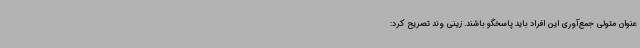
عنوان متولی جمع‌آوری این افراد باید پاسخگو باشند. زینی وند تصریح کرد: